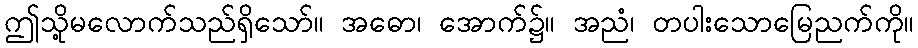
ဤသို့မလောက်သည်ရှိသော်။ အဓော၊ အောက်၌။ အညံ၊ တပါးသောမြေညက်ကို။